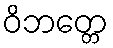
ဝိဘတ္တေ